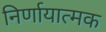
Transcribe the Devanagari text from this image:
निर्णायात्मक